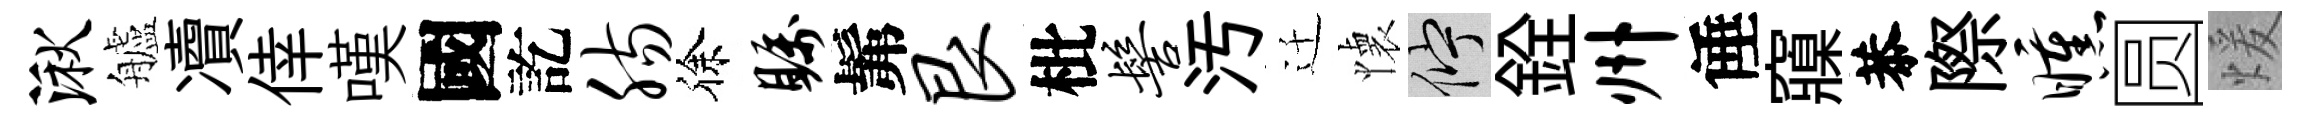
湫艫凟倖嘆國訖肠徐瞩髴艮枇髻汚迁懐伫銓州倕䆿恭際曛圆煖